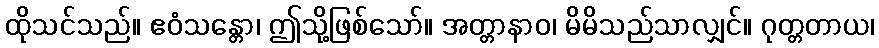
ထိုသင်သည်။ ဧဝံသန္တော၊ ဤသို့ဖြစ်သော်။ အတ္တာနာဝ၊ မိမိသည်သာလျှင်။ ဂုတ္တတာယ၊